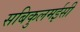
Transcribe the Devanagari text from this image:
सबिकुलमईसी